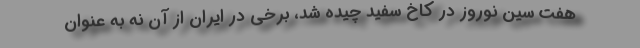
هفت سین نوروز در کاخ سفید چیده شد، برخی در ایران از آن نه به عنوان